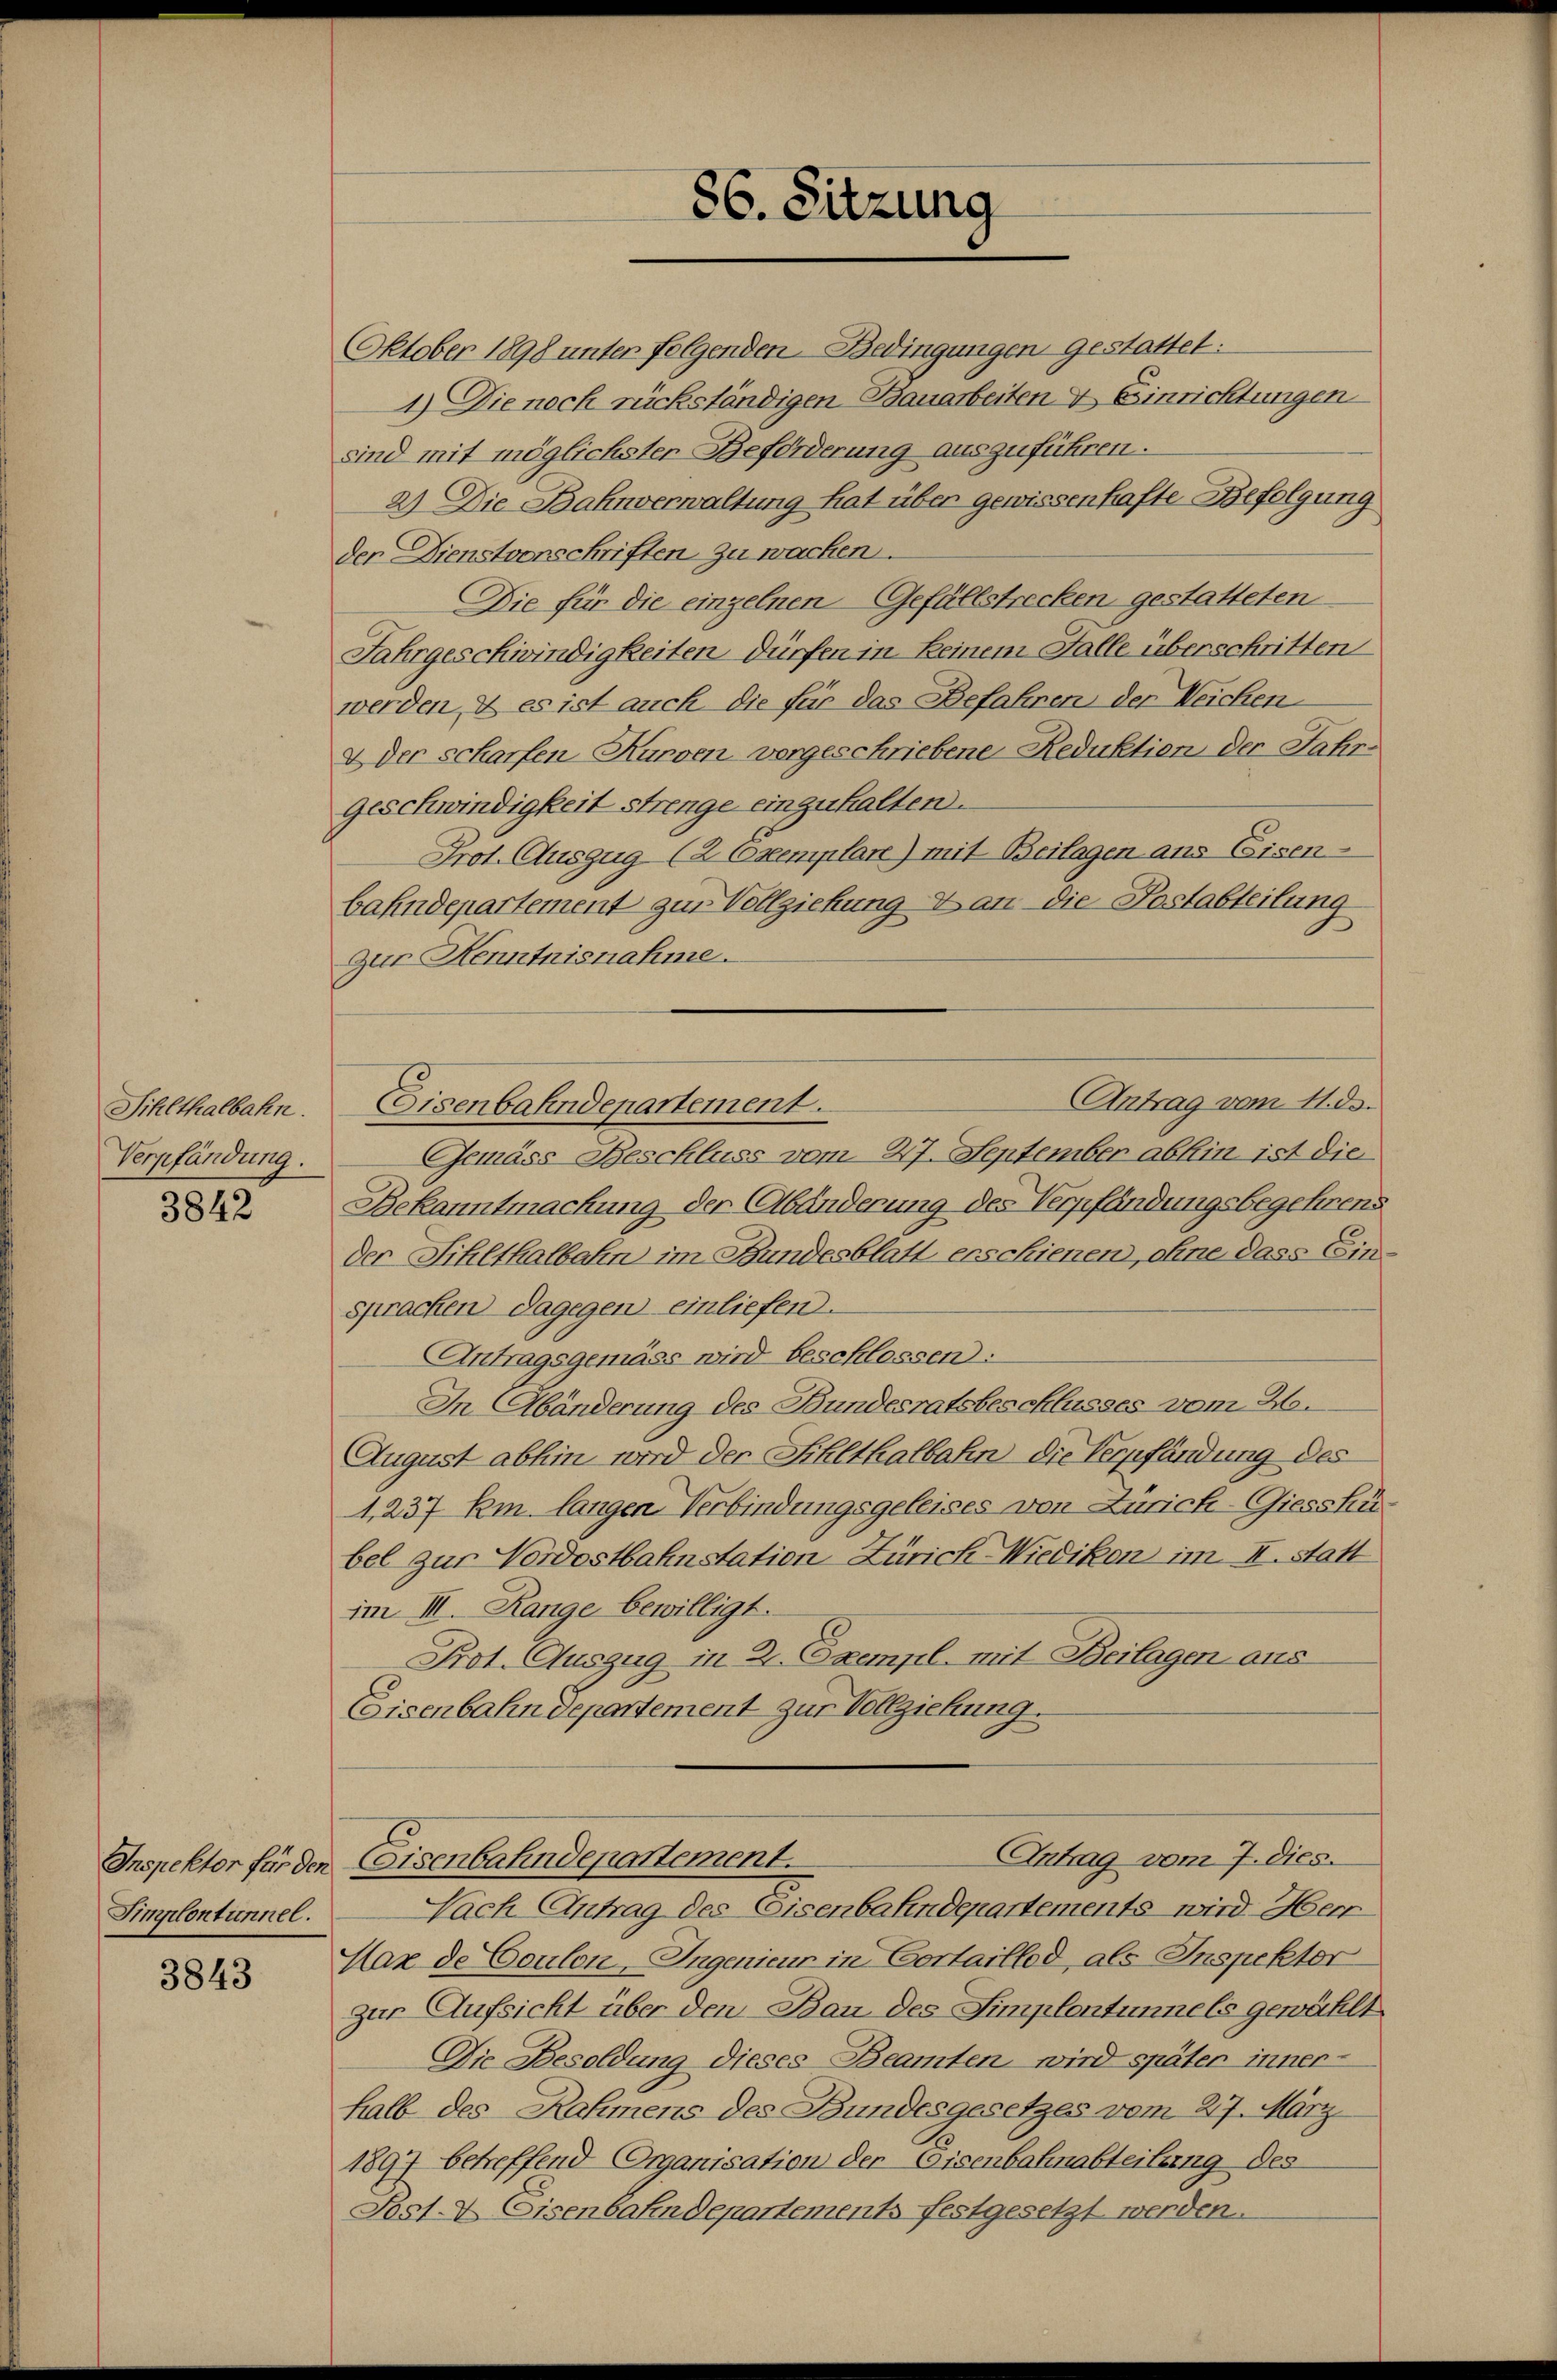
Sihlthalbahn.
Verpfändung.

3842

Simplontunnel.

3843

86. Sitzung

Oktober 1898 unter folgenden Bedingungen gestattet:
1.) Die nach rückständigen Bauarbeiten & Einrichtungen
sind mit möglichster Beförderung auszuführen.
2) Die Bahnverwaltung hat über gewissenhafte Befolgung
der Dienstvorschriften zu wachen.
Die für die einzelnen Gefällstrecken gestatteten
Jahrgeschwindigkeiten dürfen in keinem Stalle überschritten
werden, & es ist auch die für das Befahren der Weichen
& der scharfen Kurven vorgeschriebene Reduktien der Jahr-
geschwindigkeit strenge einzuhalten.
Prot. Auszug (2 Exemplan) mit Beilagen ans Eisen-
bahndepartement zur Vollziehung an die Postabteilung
zur Kenntnisnahme.
Antrag vom 11. ds.
Gemäss Beschluss vom 27. September abhin ist die
Bekanntmachung der Abänderung des Verpfändungsbegehrens
der Sihlthalbahn im Bundesblatt erschienen, ohne dass Ein
sprachen dagegen einliefen.
Antragsgemäss wird beschlossen:
In Abänderung des Bundesratsbeschlusses vom 26.
August abhin wird der Sihlthalbahn die Verpfändung des
1. 237 km. langen Verbindungsgeleises von Zürich-Giesskübel zur Nordostbahnstation Zürich Wiedikon im II. statt
im III. Range bewilligt.
Prot. Auszug in 2. Exempl. mit Beilagen aus
Eisenbahndepartement zur Vollziehung.
Antrag vom 7. dies.
Inspektor für den Eisenbahndepartement.
Nach Antrag des Eisenbahndepartements wird Herr
Max de Coulon Ingenieur in Costaillod, als Inspektor
zur Aufsicht über den Bau des Simplentunnels gewählt
Die Besoldung dieses Beamten wird später inner-
halb des Rahmens des Bundesgesetzes vom 27. März
1897 betreffend Organisation der Eisenbahnabteilung des
Post- & Eisenbahndepartements festgesetzt werden.

Eisenbahndepartement.